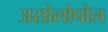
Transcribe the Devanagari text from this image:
असोलोपोल